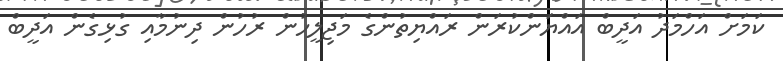
ކަމަށް އަހްމަދު އަދީބް އައްޔަންކުރަން ރައްޔިތުންގެ މަޖިލީހުން ރުހުން ދިނުމާއި ގުޅިގެން އަދީބް